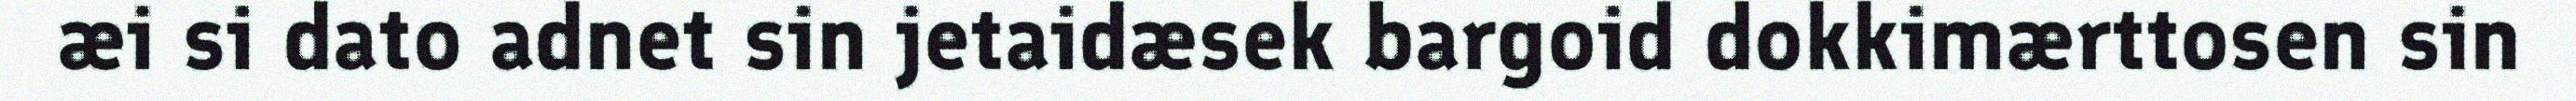
æi si dato adnet sin jetaidæsek bargoid dokkimærttosen sin